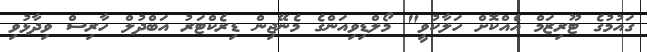
ގައުމުގެ ޓޫރިޒަމް އެއްކޮށް ހަލާކުވީ" މޯލްޑިވިއަންގެ މެނޭޖިން ޑިރެކްޓަރު އަބްދުލް ހާރިސް ވިދާޅުވި